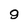
Character: 9